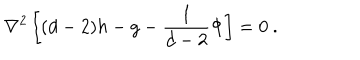
\nabla ^ { 2 } \left[ ( d - 2 ) h - g - \frac { 1 } { d - 2 } \Phi \right] = 0 \ .